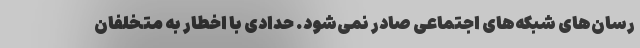
‌رسان‌های شبکه‌های اجتماعی صادر نمی‌شود. حدادی با اخطار به متخلفان